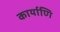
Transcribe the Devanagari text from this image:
कार्याणि